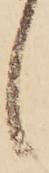
候